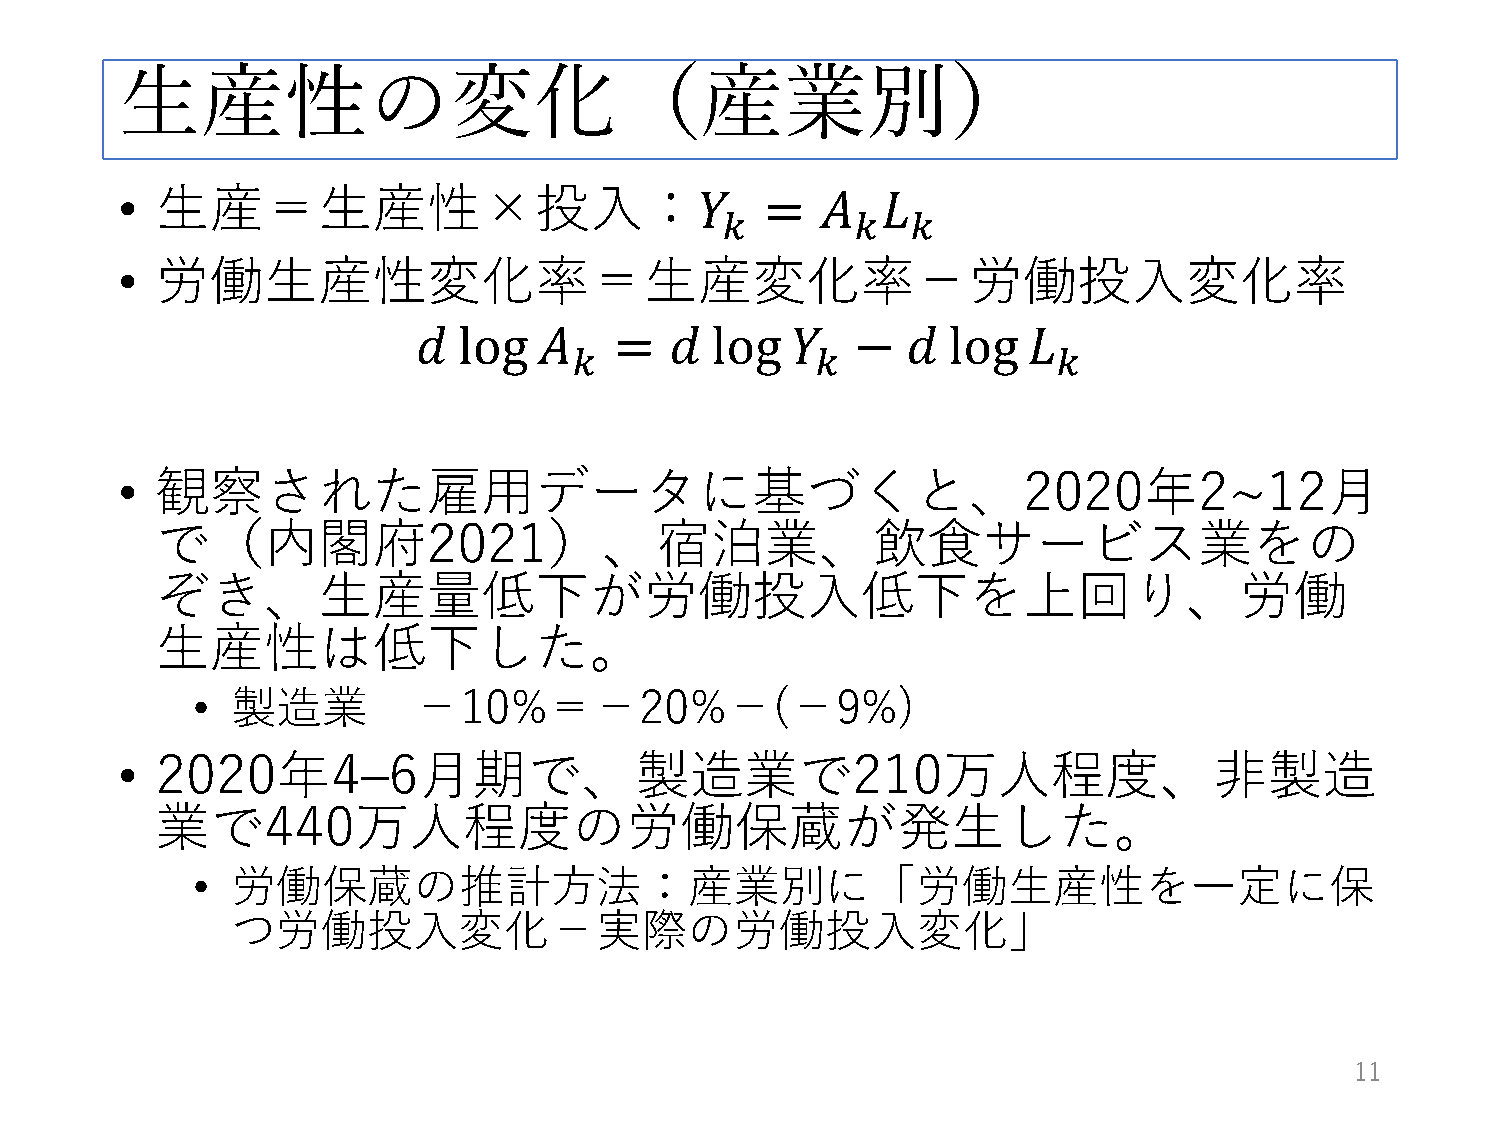
生産性の変化（産業別）
 • 生産＝生産性×投入：
 • 労働生産性変化率＝生産変化率－労働投入変化率
 𝑘𝑘       𝑘𝑘 𝑘𝑘
 𝑌𝑌   =  𝐴𝐴  𝐿𝐿
 𝑘𝑘              𝑘𝑘              𝑘𝑘
 𝑑𝑑 log  𝐴𝐴   =  𝑑𝑑 log  𝑌𝑌   −  𝑑𝑑 log  𝐿𝐿
 • 観察された雇用データに基づくと、2020年2~12月
 で（内閣府2021）、宿泊業、飲食サービス業をの
 ぞき、生産量低下が労働投入低下を上回り、労働
 生産性は低下した。
 • 製造業         －10%＝－20%－(－9%)
 • 2020年4–6月期で、製造業で210万人程度、非製造
 業で440万人程度の労働保蔵が発生した。
 • 労働保蔵の推計方法：産業別に「労働生産性を一定に保
 つ労働投入変化－実際の労働投入変化」
 11